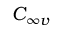
C _ { \infty v }